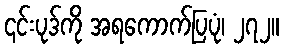
၎င်းပုဒ်ကို အရကောက်ပြပုံ၊ ၂၇၂။